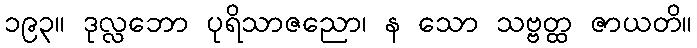
၁၉၃။ ဒုလ္လဘော ပုရိသာဇညော၊ န သော သဗ္ဗတ္ထ ဇာယတိ။